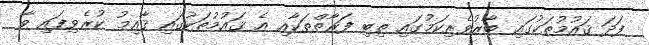
ފަދަ ޤައުމުތަކުގައި ބާރުވެރިކަމުގައި ތިބި ފަރާތްތަކާއި އެ ޤައުމުތަކުގައި ޤާއިމު ކުރެވިފައި ވާ